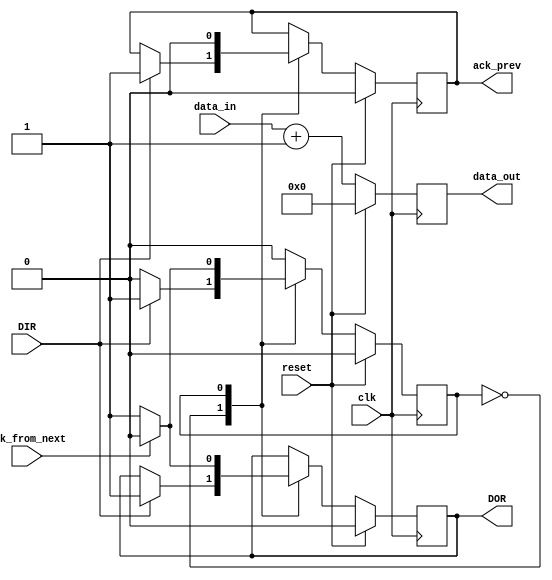
module stage_C(input clk, input reset, output DOR, input DIR, input ack_from_next, output ack_prev, input [7:0] data_in, output [7:0] data_out);

parameter IDLE = 1'd0;
parameter WAITING_ACK = 1'd1;

reg state = IDLE;
reg [7:0] data_out_reg = 8'd0;
reg DOR_reg = 0;
reg ack_prev_reg = 0;
reg [7:0] data_in_buffer;

assign data_out = data_out_reg;
assign DOR = DOR_reg;
assign ack_prev = ack_prev_reg;

always @(posedge clk)
begin
	if (reset)
	begin
		state <= IDLE;
		data_out_reg <= 0;
		DOR_reg <= 0;
		ack_prev_reg <= 0;
	end
	else
	begin
		case (state)

		IDLE:
		begin
			if (DIR)
			begin
				$display("stage_C receives input_data %d", data_in);
				state <= WAITING_ACK;
				ack_prev_reg <= 1;
				DOR_reg <= 1;
			end
			data_in_buffer <= data_in;
			data_out_reg <= data_in + 1;
		end

		WAITING_ACK:
		begin
			if (ack_from_next)
			begin
				$display("stage_C got ACK form stage_B");
				DOR_reg <= 0;
				state <= IDLE;
			end
			else
			begin
				$display("stage_C waits for ACK from stage_B");
				state <= WAITING_ACK;
				DOR_reg <= 1;
			end

			data_out_reg <= data_in + 1;
			ack_prev_reg <= 0;
		end

		endcase
	end
end

endmodule